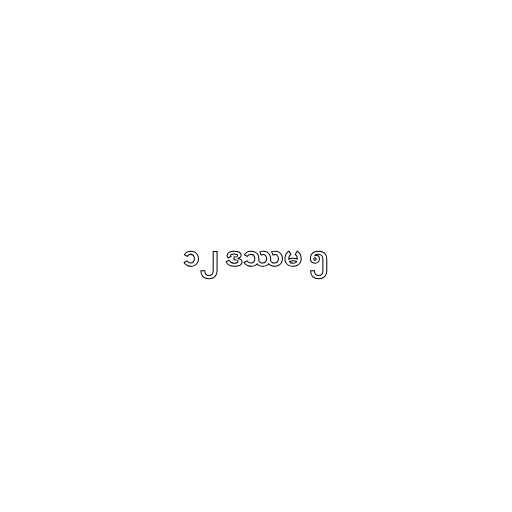
၁၂ ဒဿမ ၅